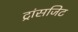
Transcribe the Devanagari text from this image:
ट्रांसजिट